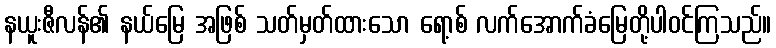
နယူးဇီလန်၏ နယ်မြေ အဖြစ် သတ်မှတ်ထားသော ရော့စ် လက်အောက်ခံမြေတို့ပါဝင်ကြသည်။